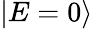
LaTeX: |E=0\rangle